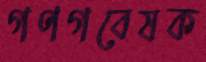
গণগবেষক